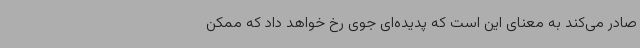
صادر می‌کند به معنای این است که پدیده‌ای جوی رخ خواهد داد که ممکن